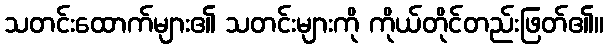
သတင်းထောက်များ၏ သတင်းများကို ကိုယ်တိုင်တည်းဖြတ်၏။